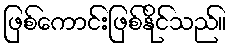
ဖြစ်ကောင်းဖြစ်နိုင်သည်။